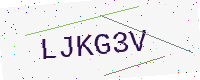
Text: LJKG3V